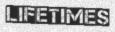
LIFETIMES